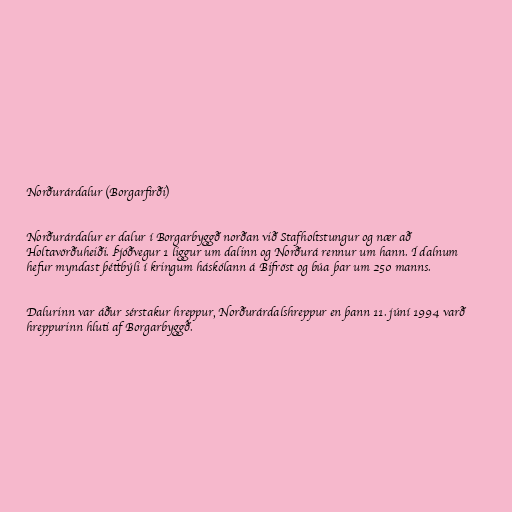
Norðurárdalur (Borgarfirði)

Norðurárdalur er dalur í Borgarbyggð norðan við Stafholtstungur og nær að
Holtavörðuheiði. Þjóðvegur 1 liggur um dalinn og Norðurá rennur um hann. Í dalnum
hefur myndast þéttbýli í kringum háskólann á Bifröst og búa þar um 250 manns.

Dalurinn var áður sérstakur hreppur, Norðurárdalshreppur en þann 11. júní 1994 varð
hreppurinn hluti af Borgarbyggð.